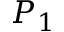
P _ { 1 }